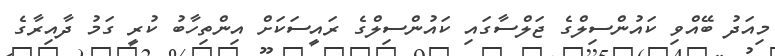
މިއަދު ބޭއްވި ކައުންސިލްގެ ޖަލްސާގައި ކައުންސިލްގެ ރައީސަކަށް އިންތިހާބު ކުރީ ގަމު ދާއިރާގެ